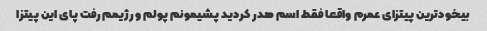
بیخودترین پیتزای عمرم واقعا فقط اسم هدر کردید پشیمونم پولم و رژیمم رفت پای این پیتزا